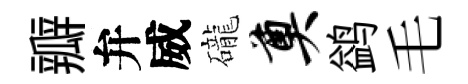
瓣弁威礲奠鹢毛